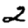
Digit: 2